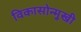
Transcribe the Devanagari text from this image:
विकासोन्मुखी